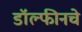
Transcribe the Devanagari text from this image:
डॉल्फीनचे